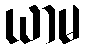
ယာမ